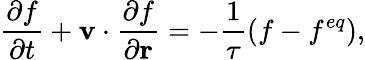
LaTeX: \frac{\partial f}{\partial t}+\mathbf{v}\cdot\frac{\partial f}{\partial\mathbf{r}}=-\frac{1}{\tau}(f-f^{eq}),